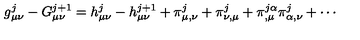
g _ { \mu \nu } ^ { j } - G _ { \mu \nu } ^ { j + 1 } = h _ { \mu \nu } ^ { j } - h _ { \mu \nu } ^ { j + 1 } + \pi _ { \mu , \nu } ^ { j } + \pi _ { \nu , \mu } ^ { j } + \pi _ { , \mu } ^ { j \alpha } \pi _ { \alpha , \nu } ^ { j } + \cdots